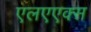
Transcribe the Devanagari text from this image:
एलएएक्स